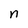
Character: n